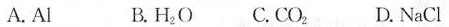
A.Al B.H_{2}O C.CO_{2} D.NaCl